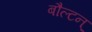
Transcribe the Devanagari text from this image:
बौल्‍टन्‌